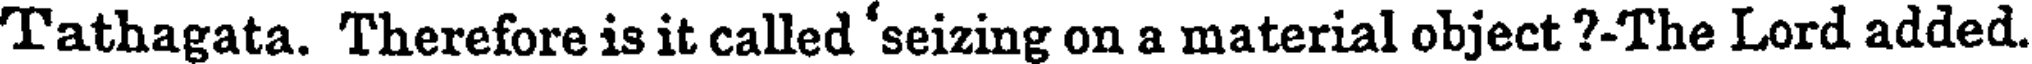
Tathagata. Therefore is it called 'seizing on a material object ?-The Lord added.